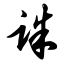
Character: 诛